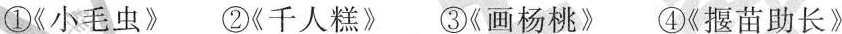
①《小毛虫》 ②《千人糕》③《画杨桃》④《揠苗助长》